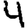
Digit: 4